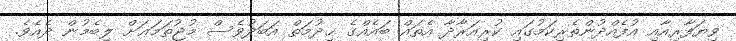
ވިޔަފާރިއާއި އުފެއްދުންތެރިކަމުގައި ކުރިއަރާދާ އެތައް ބައެއްގެ ޚިދުމަތް އަބަދުވެސް މުޖުތަމަޢަށް ލިބެމުން ދެއެވެ.